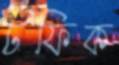
টফিক